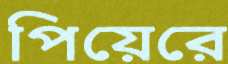
পিয়েরে